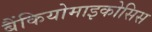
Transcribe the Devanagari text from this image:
बैंकियोमाइकोसिस